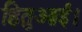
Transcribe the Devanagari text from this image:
हितुआई।